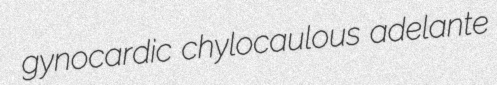
gynocardic chylocaulous adelante